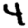
Digit: 4